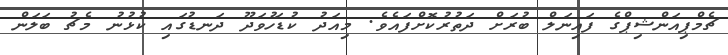
ޗެމްޕިއަންޝިޕްގެ ފައިނަލް ބުރަށް ދަތުރުކޮށްފައެވެ. މިއަދު ކުޑަހުވަދޫ ދަނޑުގައި ކުޅުނު މެޗު ބަލަން